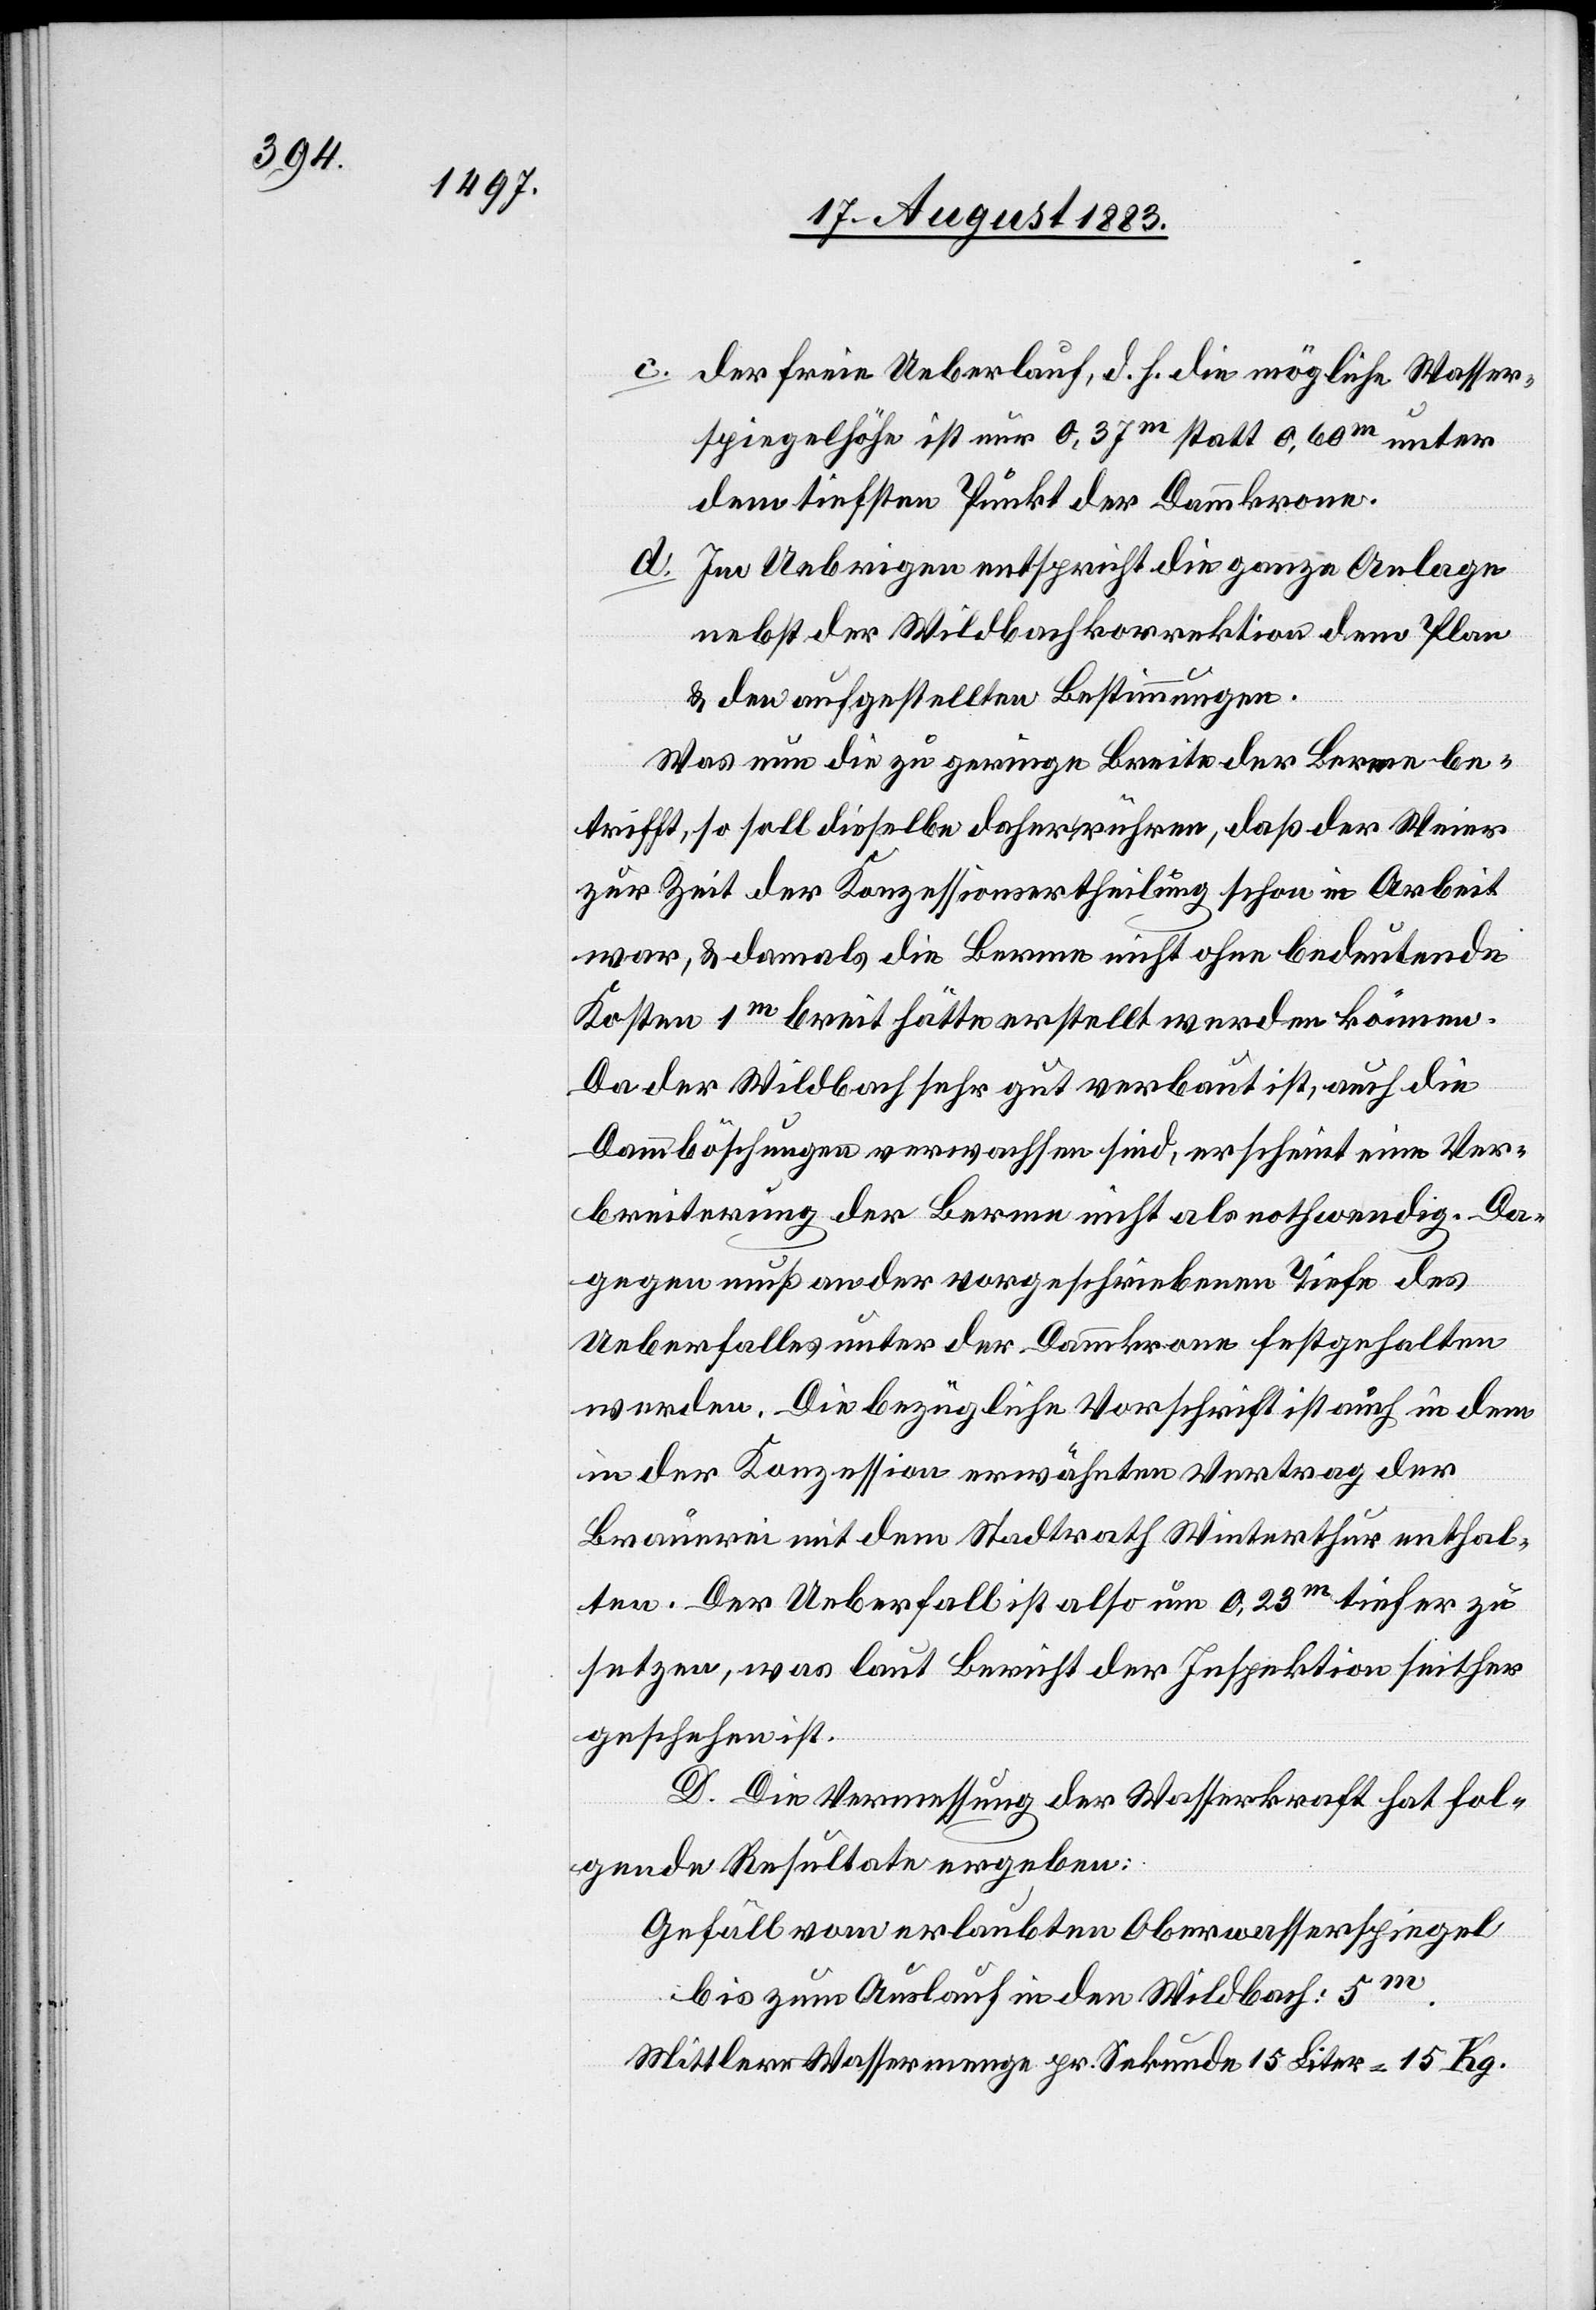
c. der freie Ueberlauf, d. h. die mögliche Wasser¬
spiegelhöhe ist zur 0,37m statt 0,60m unter
dem tiefsten Punkt der Dammkrone.
Im Uebrigen entspricht die ganze Anlage
nebst der Wildbachkorrektion dem Plan
& den aufgestellten Bedingungen.
Was nun die zu geringe Breite der Berme be¬
trifft, so soll dieselbe daher rühren, daß der Weier
zur Zeit der Konzessionsertheilung schon in Arbeit
war, & damals die Berme nicht ohne bedeutende
Kosten 1m breit hätte erstellt werden können.
Da der Wildbach sehr gut verbaut ist, auch die
Dammböschungen verwachsen sind, erscheint eine Ver¬
breiterung der Berme nicht als nothwendig. Da¬
gegen muß an der vorgeschriebenen Tiefe des
Ueberfalles unter der Dammkrone festgehalten
werden. Die bezügliche Vorschrift ist auch in dem
in der Konzession erwähnten Vertrag der
Brauerei mit dem Stadtrath Winterthur enthal¬
ten. Der Ueberfall ist also um 0,23m tiefer zu
setzen, was laut Bericht der Inspektion seither
geschehen ist.
D. Die Vermessung der Wasserkraft hat fol¬
gende Resultate ergeben:
Gefäll vom erlaubten Oberwasserspiegel
bis zum Auslauf in den Wildbach: 5m.
Mittlere Wassermenge pr. Sekunde 15 Liter = 15 Kg.